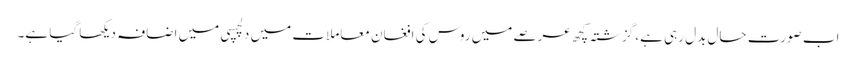
اب صورت حال بدل رہی ہے، گزشتہ کچھ عرصے میں روس کی افغان معاملات میں دلچسپی میں اضافہ دیکھا گیا ہے۔